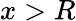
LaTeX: x>R